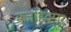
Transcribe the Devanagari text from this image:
मजहिदपुर